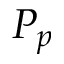
P _ { p }